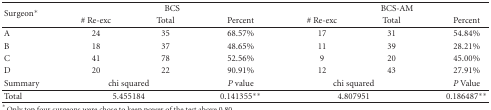
| <ROWSPAN=2> Surgeon* | <COLSPAN=3> BCS | <COLSPAN=3> BCS-AM |
 | # Re-exc | Total | Percent | # Re-exc | Total | Percent |
 | --- | --- | --- | --- | --- | --- | --- |
 | A | 24 | 35 | 68.57% | 17 | 31 | 54.84% |
 | B | 18 | 37 | 48.65% | 11 | 39 | 28.21% |
 | C | 41 | 78 | 52.56% | 9 | 20 | 45.00% |
 | D | 20 | 22 | 90.91% | 12 | 43 | 27.91% |
 | Summary | <COLSPAN=2> chi squared | P value | <COLSPAN=2> chi squared | P Value |
 | Total | <COLSPAN=2> 5.455184 | 0.141355** | <COLSPAN=2> 4.807951 | 0.186487** |